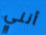
أنني